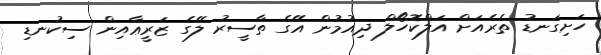
ހަށިގަނޑު ތެރެއަށް އަލްކޮހޯލް ދިއުމުން އޭގެ ތާސީރު ލޭގެ ޒަރީޢާއިން ސިކުނޑި